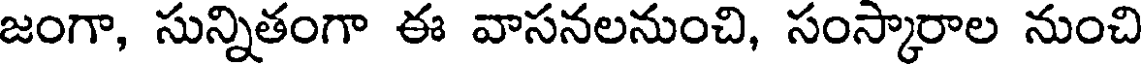
జంగా, సున్నితంగా ఈ వాసనలనుంచి, సంస్కారాల నుంచి